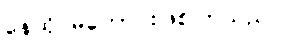
နေထိုင်မကောင်းဖြစ်ကြသည်။